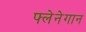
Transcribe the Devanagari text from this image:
फ्लेनेगान